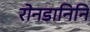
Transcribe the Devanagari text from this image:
रोनडानिनि